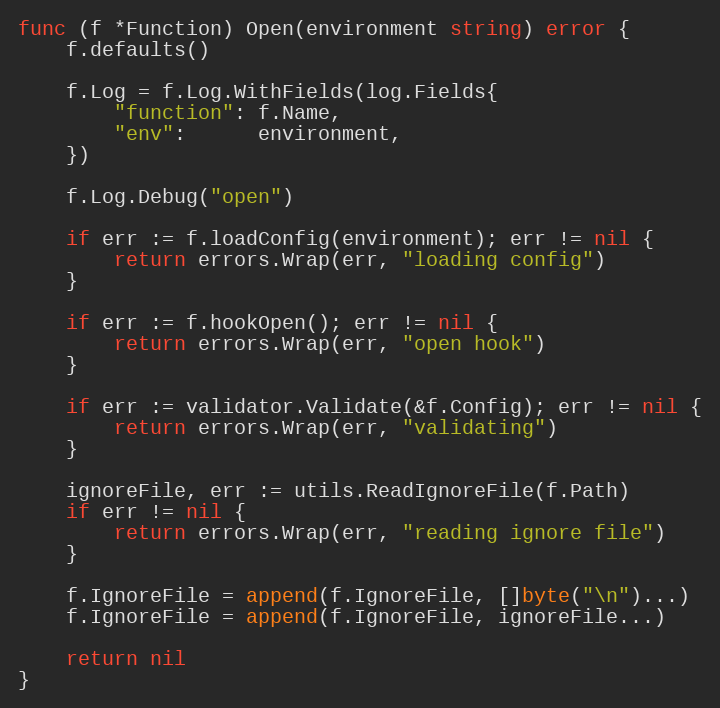
Language: Go
func (f *Function) Open(environment string) error {
	f.defaults()

	f.Log = f.Log.WithFields(log.Fields{
		"function": f.Name,
		"env":      environment,
	})

	f.Log.Debug("open")

	if err := f.loadConfig(environment); err != nil {
		return errors.Wrap(err, "loading config")
	}

	if err := f.hookOpen(); err != nil {
		return errors.Wrap(err, "open hook")
	}

	if err := validator.Validate(&f.Config); err != nil {
		return errors.Wrap(err, "validating")
	}

	ignoreFile, err := utils.ReadIgnoreFile(f.Path)
	if err != nil {
		return errors.Wrap(err, "reading ignore file")
	}

	f.IgnoreFile = append(f.IgnoreFile, []byte("\n")...)
	f.IgnoreFile = append(f.IgnoreFile, ignoreFile...)

	return nil
}